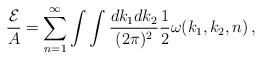
LaTeX: \begin{align*}{{\cal E}\over A}=\sum_{n=1}^{\infty}\int\int{dk_1dk_2\over (2\pi)^2}{1\over2}\omega(k_1,k_2,n)\,,\end{align*}